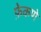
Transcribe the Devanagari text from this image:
फ़ेकणे